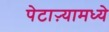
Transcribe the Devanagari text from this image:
पेटाऱ्यामध्ये